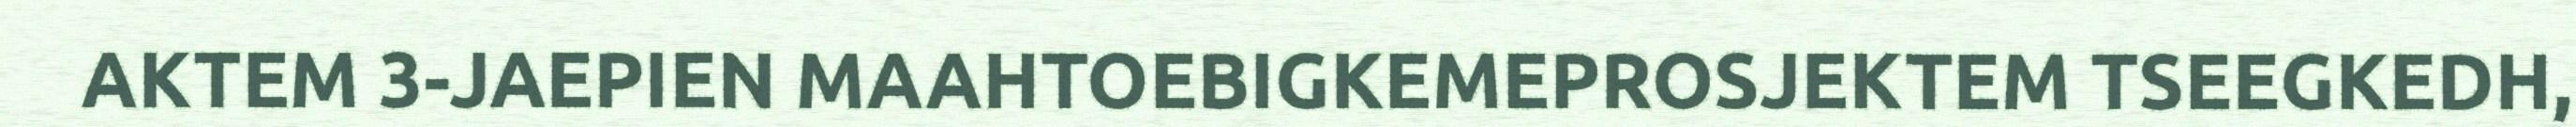
AKTEM 3-JAEPIEN MAAHTOEBIGKEMEPROSJEKTEM TSEEGKEDH,